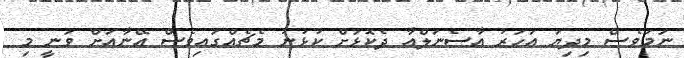
ނަމަވެސް މިދިޔަ އަހަރު އާސެނަލްއާ ދެކޮޅަށް ކުޅުނު މެޗެއްގައިވެސް އޭނާއަށް ވަނީ މި